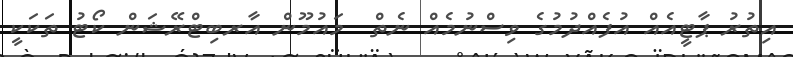
އިތުރު ޕާޓީއެއް އުފެއްދުމުގެ ވިސްނުމެއް ނެތް  މައުމޫން އާރބިޓްރޭޝަން ކޯޓު ތަކަކީ